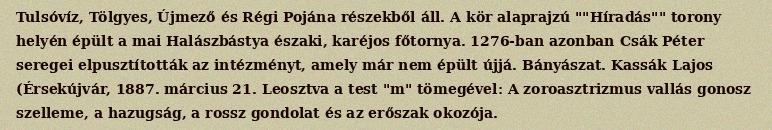
Tulsóvíz, Tölgyes, Újmező és Régi Pojána részekből áll. A kör alaprajzú ""Híradás"" torony helyén épült a mai Halászbástya északi, karéjos főtornya. 1276-ban azonban Csák Péter seregei elpusztították az intézményt, amely már nem épült újjá. Bányászat. Kassák Lajos (Érsekújvár, 1887. március 21. Leosztva a test "m" tömegével: A zoroasztrizmus vallás gonosz szelleme, a hazugság, a rossz gondolat és az erőszak okozója.